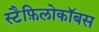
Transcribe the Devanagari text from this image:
स्टैफ़िलोकॉबस